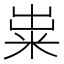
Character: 粜